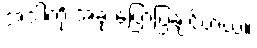
အဲဒါကို အခု ပြောပြချင်တယ်။